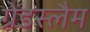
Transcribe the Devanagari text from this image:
ग्रेंडस्लैम